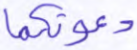
دعوتكما